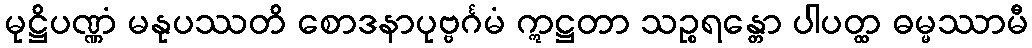
မုဋ္ဌိပဏ္ဏံ မနုပဿတိ စောဒနာပုဗ္ဗင်္ဂမံ ဣဋ္ဌတာ သဉ္စရန္တော ပါပတ္ထ ဓမ္မဿာမီ